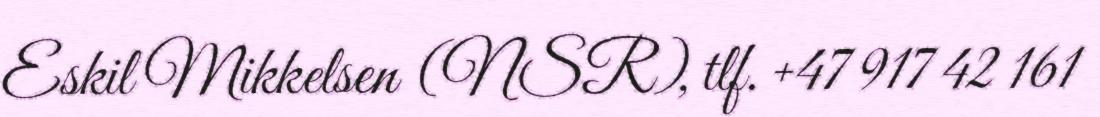
Eskil Mikkelsen (NSR), tlf. +47 917 42 161